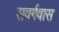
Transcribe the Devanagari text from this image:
सवर्गवास